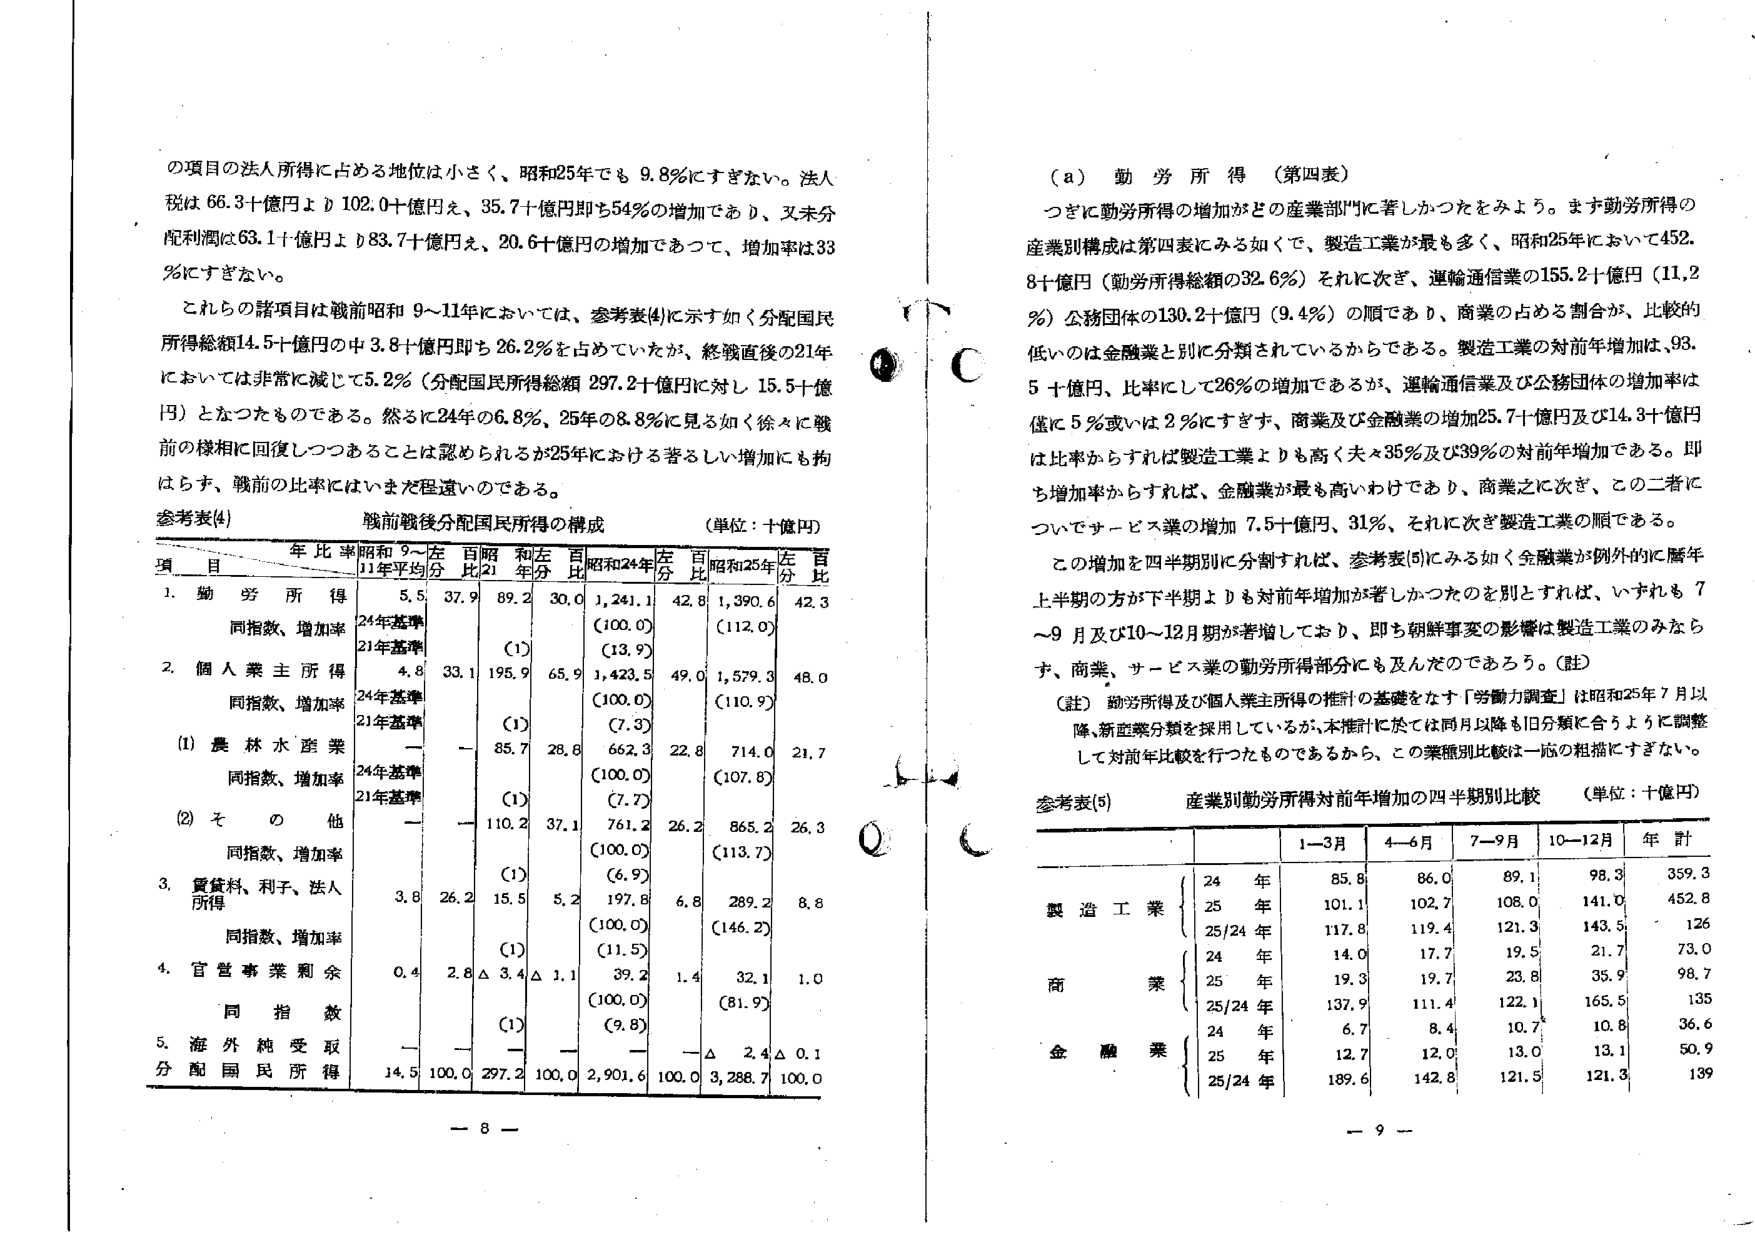
の項目の法人所得に占める地位は小さく、昭和25年でも 9.8%にすぎない。法人税は 66.3十億円より 102.0十億円え、35.7十億円即ち54%の増加であり、又未分配利潤は63.1十億円より 83.7十億円え、20.6十億円の増加であつて、増加率は33%にすぎない。

これらの諸項目は戦前昭和 9～11年においては、参考表(4)に示す如く分配国民所得総額14.5十億円の申 3.8十億円即ち 26.2%を占めていたが、終戦直後の21年においては非常に減じて5.2%（分配国民所得総額 297.2十億円に対し 15.5十億円）となつたものである。然らに24年の6.8%、25年の8.8%に見る如く徐々に戦前の様相に回復しつつあることは認められるが25年における著るしい増加にも拘はらず、戦前の比率にはいまだ程遠いのである。

参考表(4) 戦前戦後分配国民所得の構成 （単位：十億円）

項 目 年比 率 昭和 9～11年平均 左比 百昭和左比 百昭和24年左比 百昭和25年左比 百
1. 勤 労 所 得 5.5 37.9 89.2 30.0 1,241.1 42.8 1,390.6 42.3
同指数、増加率 24年基準 (100.0) (112.0)
21年基準 (1) (13.9)
2. 個 人 業 主 所 得 4.8 33.1 195.9 65.9 1,423.5 49.0 1,579.3 48.0
同指数、増加率 24年基準 (100.0) (110.9)
21年基準 (1) (7.3)
(1) 農 林 水 産 業 — — 85.7 28.8 662.3 22.8 714.0 21.7
同指数、増加率 24年基準 (100.0) (107.8)
21年基準 (1) (7.7)
(2) そ の 他 — — 110.2 37.1 761.2 26.2 865.2 26.3
同指数、増加率 (100.0) (113.7)
(1) (6.9)
3. 賃貸料、利子、法人所得 3.8 26.2 15.5 5.2 197.8 6.8 289.2 8.8
同指数、増加率 (100.0) (146.2)
(1) (11.5)
4. 官 営 事 業 剰 余 0.4 2.8 △ 3.4 △ 1.1 39.2 1.4 32.1 1.0
同 指 数 (100.0) (81.9)
(1) (9.8)
5. 海 外 純 受 取 — — — — — — △ 2.4 △ 0.1
分 配 国 民 所 得 14.5 100.0 297.2 100.0 2,901.6 100.0 3,288.7 100.0

(a) 勤 労 所 得 （第四表）
つぎに勤労所得の増加がどの産業部門に著しかったかをみよう。まず勤労所得の産業別構成は第四表にみる如くで、製造工業が最も多く、昭和25年において452.8十億円（勤労所得総額の32.6%）それに次ぎ、運輸通信業の155.2十億円（11.2%）公務団体の130.2十億円（9.4%）の順であり、商業の占める割合が、比較的低いのは金融業と別に分類されているからである。製造工業の対前年増加は、93.5 十億円、比率にして26%の増加であるが、運輸通信業及び公務団体の増加率は僅に5%或いは2%にすぎず、商業及び金融業の増加25.7十億円及び14.3十億円は比率からすれば製造工業よりも高く夫々35%及び39%の対前年増加である。即ち増加率からすれば、金融業が最も高いわけであり、商業に次ぎ、この二者についてサービス業の増加 7.5十億円、31%、それに次ぎ製造工業の順である。

この増加を四半期別に分割すれば、参考表(5)にみる如く金融業が例外的に暦年上半期の方が下半期よりも対前年増加が著しかったのを別とすれば、いずれも7～9月及び10～12月期が著増しており、即ち朝鮮事変の影響は製造工業のみならず、商業、サービス業の勤労所得部分にも及んだのであろう。（註）

（註） 勤労所得及び個人業主所得の推計の基礎をなす「労働力調査」は昭和25年7月以降、新産業分類を採用しているが、本推計に於ては同月以降も旧分類に合うように調整して対前年比較を行つたものであるから、この業種別比較は一応の粗描にすぎない。

参考表(5) 産業別勤労所得対前年増加の四半期別比較 （単位：十億円）

| | | 1～3月 | 4～6月 | 7～9月 | 10～12月 | 年 計 |
|---|---|---|---|---|---|---|
| 製 造 工 業 | 24 年 | 85.8 | 86.0 | 89.1 | 98.3 | 359.3 |
| | 25 年 | 101.1 | 102.7 | 108.0 | 141.0 | 452.8 |
| | 25/24 年 | 117.8 | 119.4 | 121.3 | 143.5 | 126 |
| 商 業 | 24 年 | 14.0 | 17.7 | 19.5 | 21.7 | 73.0 |
| | 25 年 | 19.3 | 19.7 | 23.8 | 35.9 | 98.7 |
| | 25/24 年 | 137.9 | 111.4 | 122.1 | 165.5 | 135 |
| 金 融 業 | 24 年 | 6.7 | 8.4 | 10.7 | 10.8 | 36.6 |
| | 25 年 | 12.7 | 12.0 | 13.0 | 13.1 | 50.9 |
| | 25/24 年 | 189.6 | 142.8 | 121.5 | 121.3 | 139 |

— 8 —
— 9 —